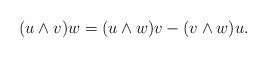
LaTeX: \begin{align*} (u \wedge v) w = (u \wedge w) v - (v \wedge w) u.\end{align*}